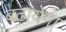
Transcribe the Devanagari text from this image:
बढायेगा